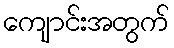
ကျောင်းအတွက်